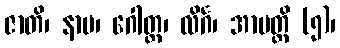
ဇာတိ၊ နာမ၊ ဂေါတ္တ၊ လိင်္ဂ၊ အာပတ္တိ (၅)၊